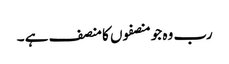
رب وہ جو منصفوں کا منصف ہے ۔